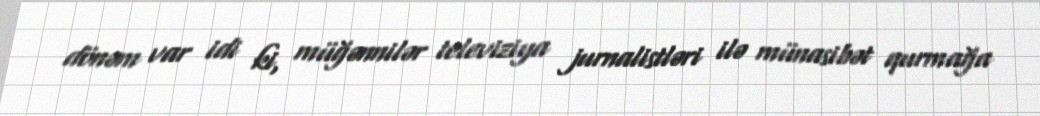
dönəm var idi ki, müğənnilər televiziya jurnalistləri ilə münasibət qurmağa